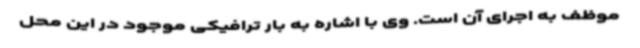
موظف به اجرای آن است. وی با اشاره به بار ترافیکی موجود در این محل